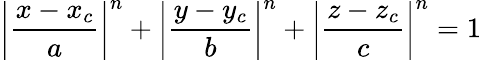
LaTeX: \displaystyle{\bigg|\frac{x-x_{c}}{a}\bigg|^{n}+\bigg|\frac{y-y_{c}}{b}\bigg|^{n}+\bigg|\frac{z-z_{c}}{c}\bigg|^{n}=1}